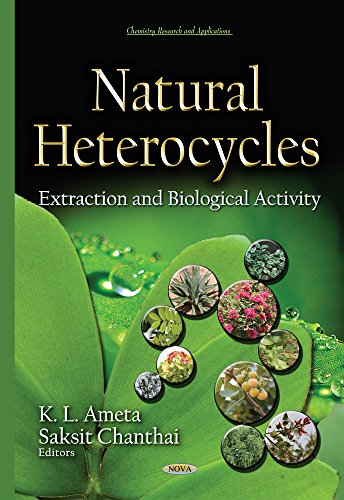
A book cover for Natural Heterocycles: Extraction and Biological Activity (Chemistry Research and Applications); Science & Math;